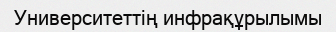
Университеттің инфрақұрылымы